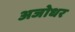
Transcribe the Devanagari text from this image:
अजोधर